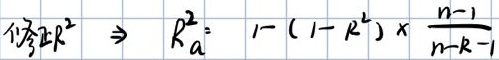
$调整R^{2}\Rightarrow R_{a}^{2}:1-(1 - R^{2})\times\frac{n - 1}{n - k - 1}$